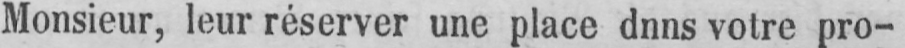
Monsieur, leur réserver une place dnns votre pro-